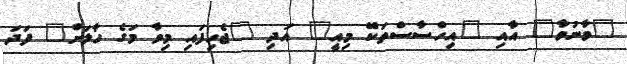
"ވާނުވާ" އާއި "އިހްސާސްތަކޭ މިއީ" އަދި "ޖެހިފައި މިވާ މަގެ ހާލަށް" ފަދަ